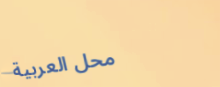
محل العربية